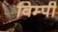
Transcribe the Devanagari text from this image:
विम्पी